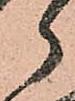
郎